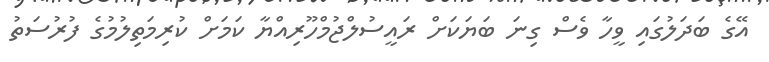
އޭގެ ބަދަލުގައި ވީހާ ވެސް ގިނަ ބަޔަކަށް ރައީސުލްޖުމްްހޫރިއްޔާ ކަމަށް ކުރިމަތިލުމުގެ ފުރުސަތު